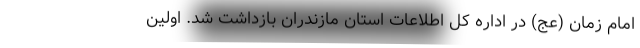
امام زمان (عج) در اداره کل اطلاعات استان مازندران بازداشت شد. اولین